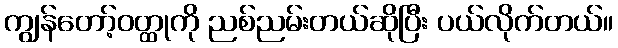
ကျွန်တော့်ဝတ္ထုကို ညစ်ညမ်းတယ်ဆိုပြီး ပယ်လိုက်တယ်။